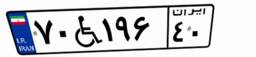
۳۰W۵۴۲۵۶